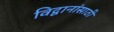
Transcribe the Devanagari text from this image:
विद्वानांसाठी